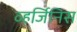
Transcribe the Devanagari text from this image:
व्हर्जिनिस